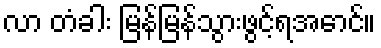
လာ တံခါး မြန်မြန်သွားဖွင့်ရအောင်။